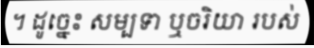
។ ដូច្នេះ សម្បទា ឬចរិយា របស់